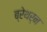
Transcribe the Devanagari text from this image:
ब्रेथर्न